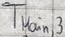
Text: TMain,3